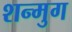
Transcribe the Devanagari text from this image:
शन्मुग